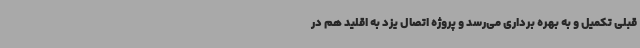
قبلی تکمیل و به بهره برداری می‌رسد و پروژه اتصال یزد به اقلید هم در